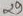
Text: 23